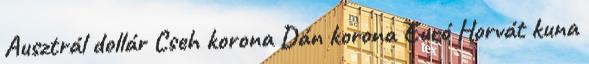
Ausztrál dollár Cseh korona Dán korona Euró Horvát kuna